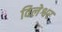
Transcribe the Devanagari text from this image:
विलेश्वर